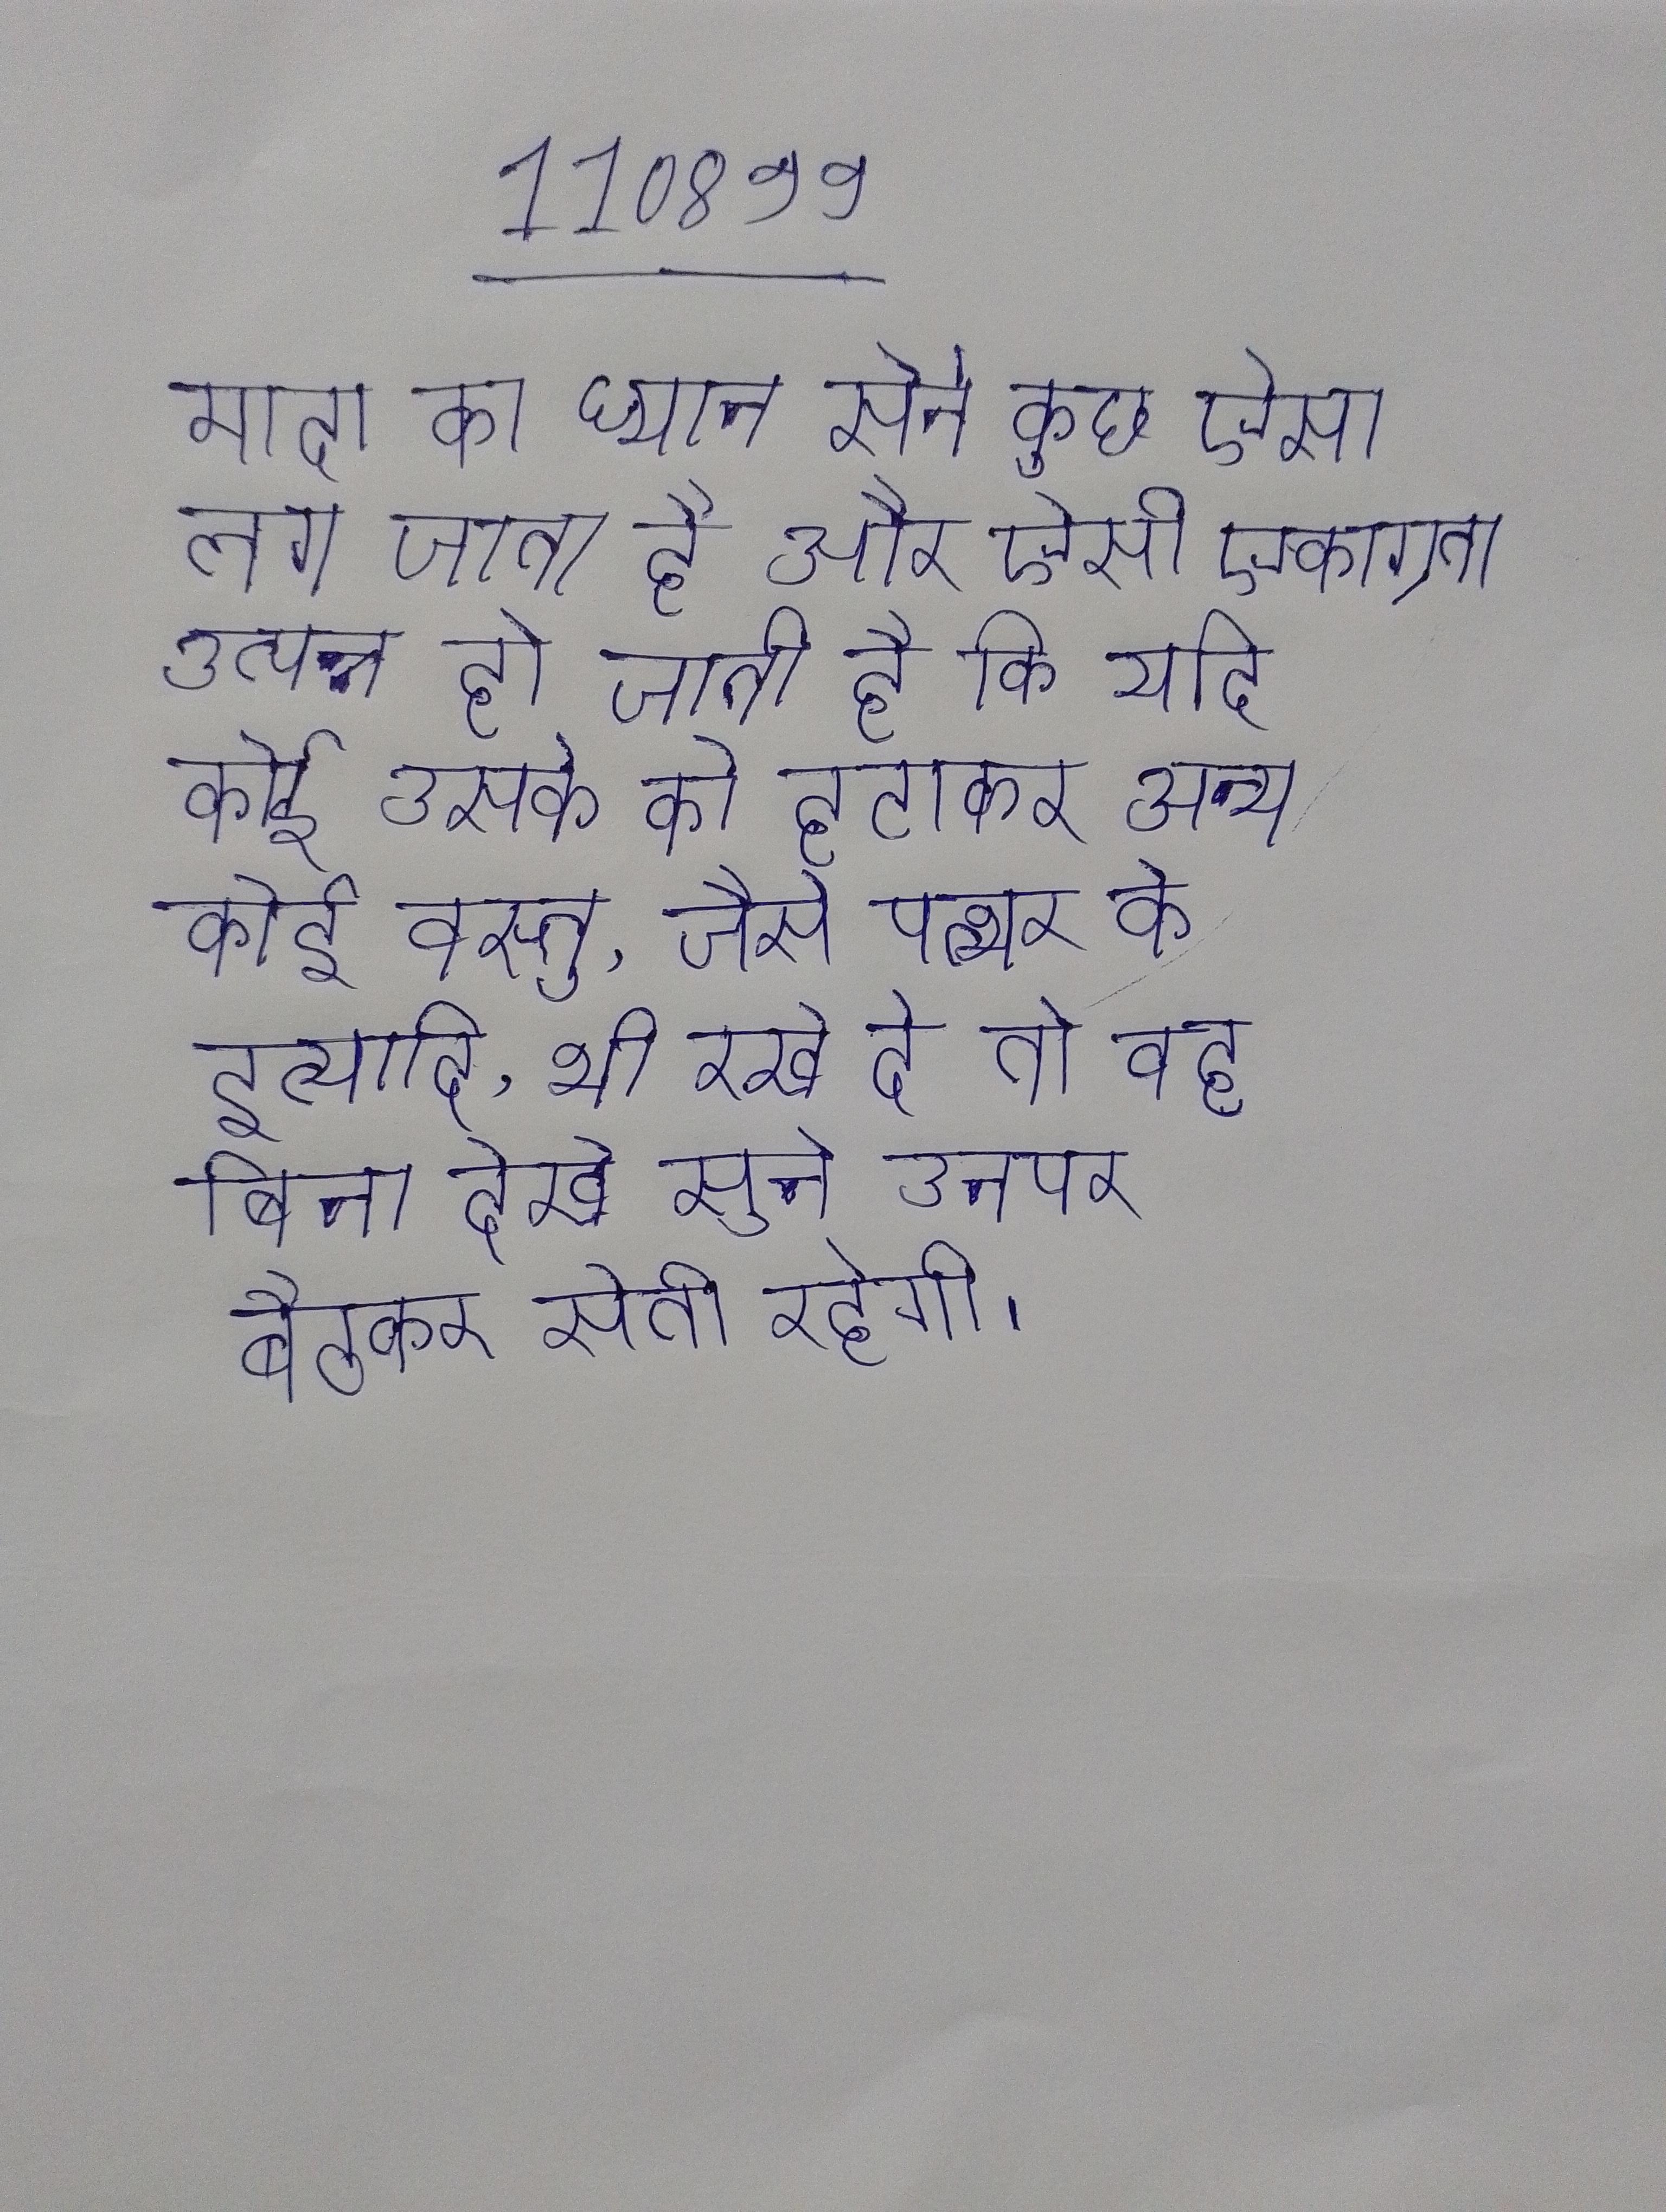
मादा का ध्यान सेने कुछ ऐसा लग जाता है और ऐसी एकाग्रता उत्पन्न हो जाती है कि यदि कोई उसके को हटाकर अन्य कोई वस्तु, जैसे पत्थर के इत्यादि, भी रख दे तो वह बिना देखे सुने उनपर बैठकर सेती रहेगी ।